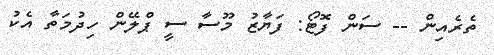
ތެރެއިން -- ސަން ފޮޓޯ: ފަޔާޒު މޫސާ ސީ ޕްލޭން ހިދުމަތާ އެކު